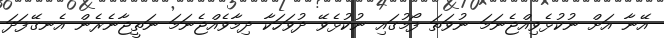
އޭނާ އަށް ނުކުޅެވިއްޖެނަމަ ނުވަތަ ފޯމުގައި ނުކުޅެވޭ ދުވަހަކާ ދިމާވެއްޖެނަމަ ނަތީޖާނެރެން އެނގޭފަދަ